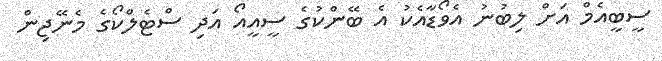
ސީބީއެމް އަށް ލިބުނު އެވޯޑާއެކު އެ ބޭންކުގެ ސީއީއޯ އަދި ސްޓެލްކޯގެ މެނޭޖިން